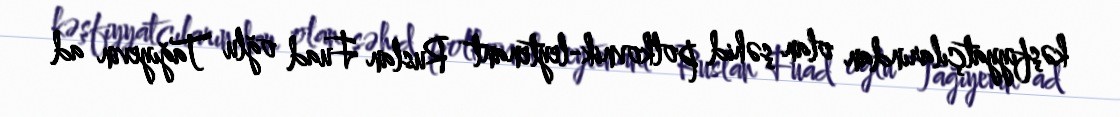
kəşfiyyatçılarından olan şəhid polkovnik-leytenant Ruslan Fuad oğlu Tağıyevin ad